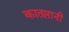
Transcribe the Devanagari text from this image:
कातप्तानी